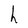
Character: h